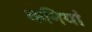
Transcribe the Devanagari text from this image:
कनियां